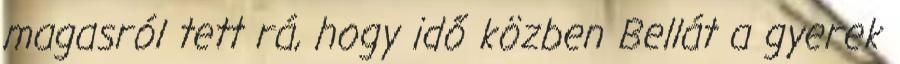
magasról tett rá, hogy idő közben Bellát a gyerek